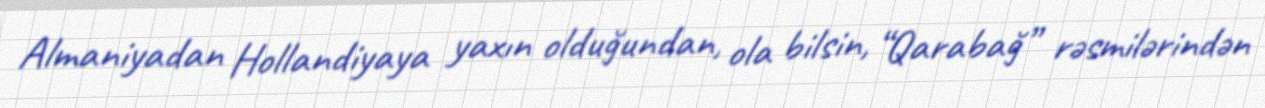
Almaniyadan Hollandiyaya yaxın olduğundan, ola bilsin, “Qarabağ” rəsmilərindən